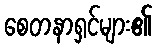
စေတနာရှင်များ၏